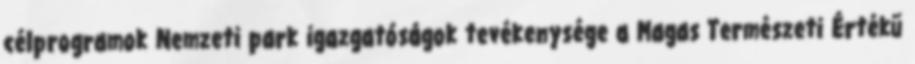
célprogramok Nemzeti park igazgatóságok tevékenysége a Magas Természeti Értékű